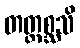
တတ္ထစ္ဆသိ